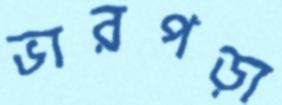
ভারপড়া